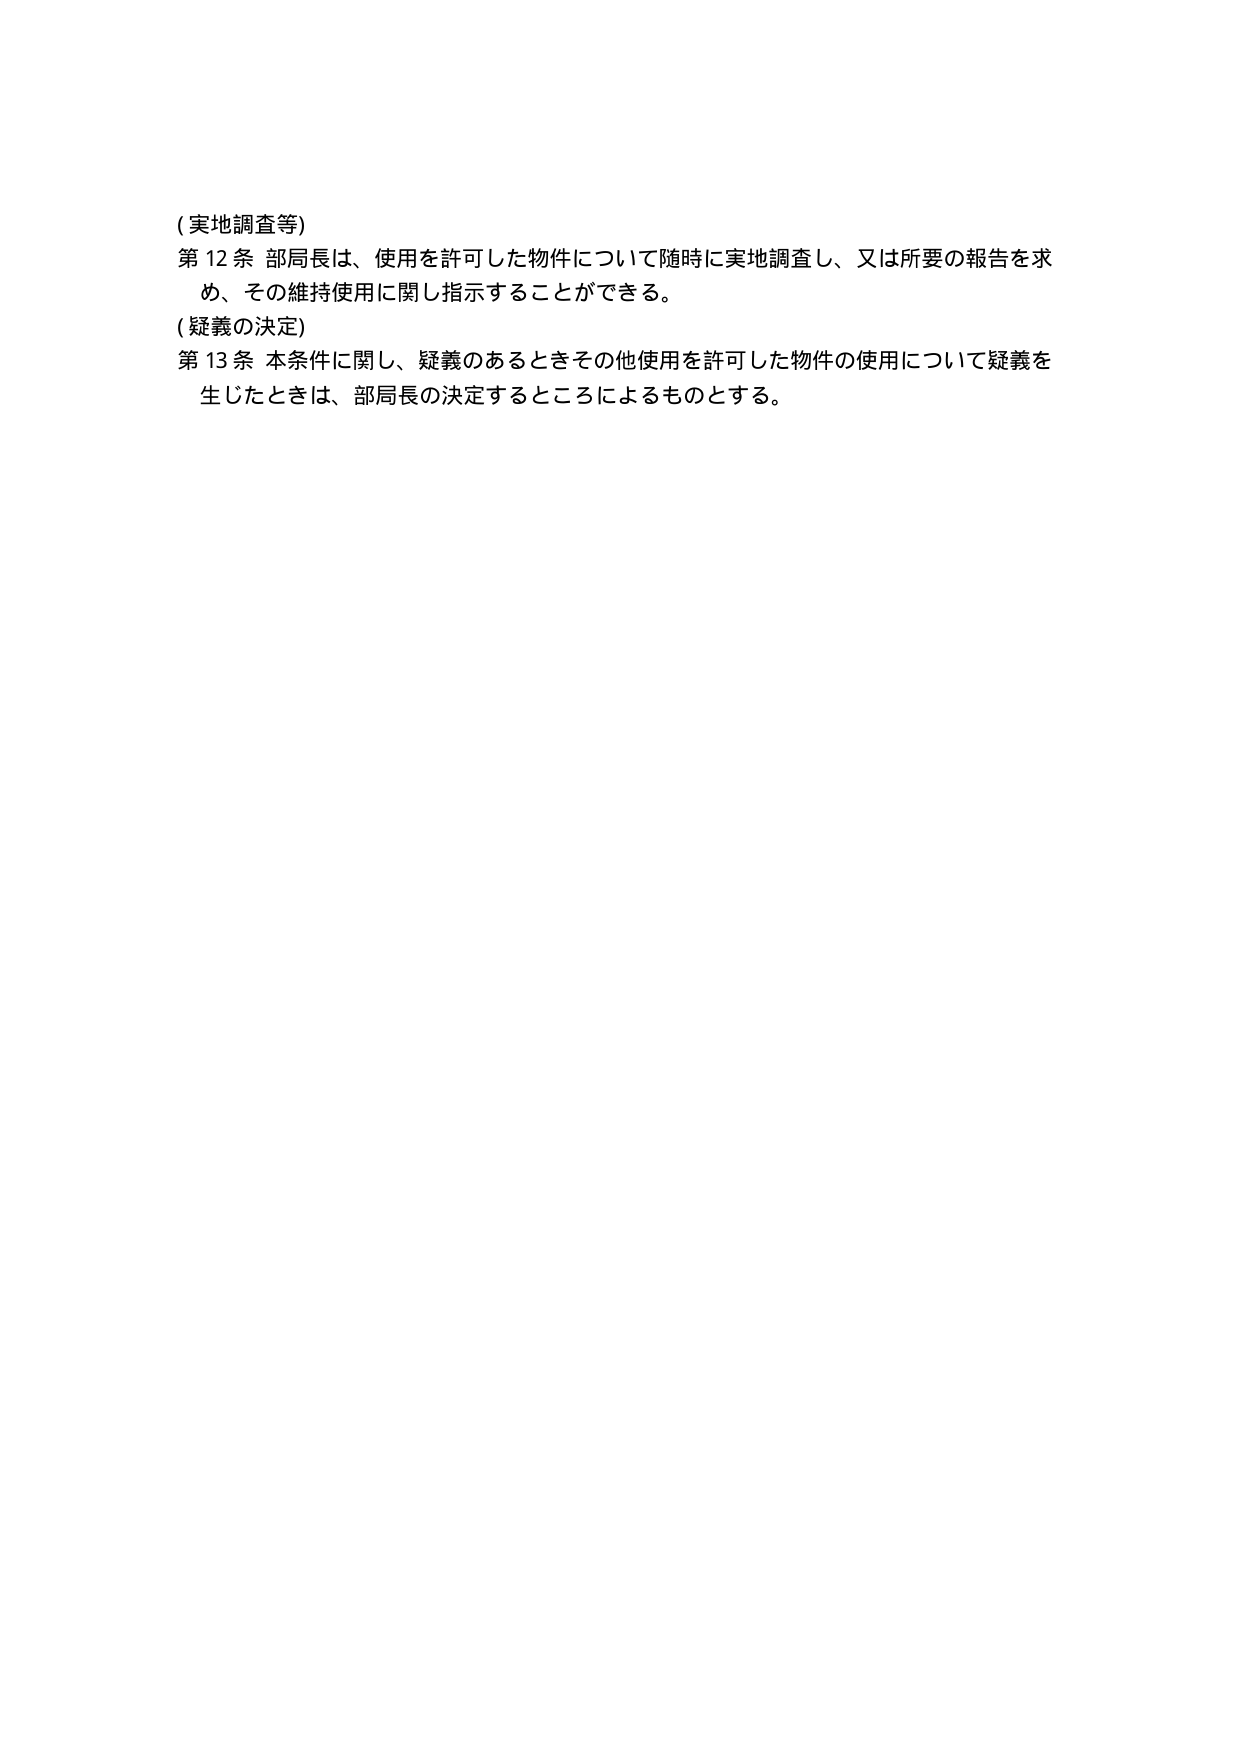
(実地調査等)
第12条 部局長は、使用を許可した物件について随時に実地調査し、又は所要の報告を求め、その維持使用に関し指示することができる。
(疑義の決定)
第13条 本条件に関し、疑義のあるときその他使用を許可した物件の使用について疑義を生じたときは、部局長の決定するところによるものとする。